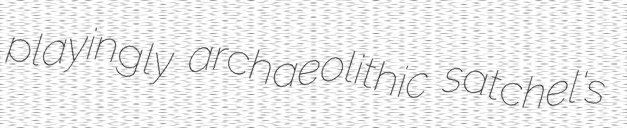
playingly archaeolithic satchel's